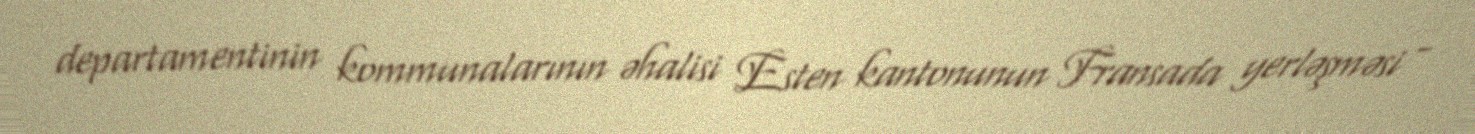
departamentinin kommunalarının əhalisi Esten kantonunun Fransada yerləşməsi -